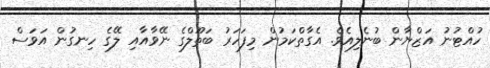
ހުއްޓުނު އަޒްޔާން ބުނެލިއެވެ. އެގާތްކަމުން މިފަހަރު ބަތޫލްގެ ނޭވާއާއި ލޭގެ ހިނގުން އަވަސް